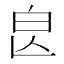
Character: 𣌣